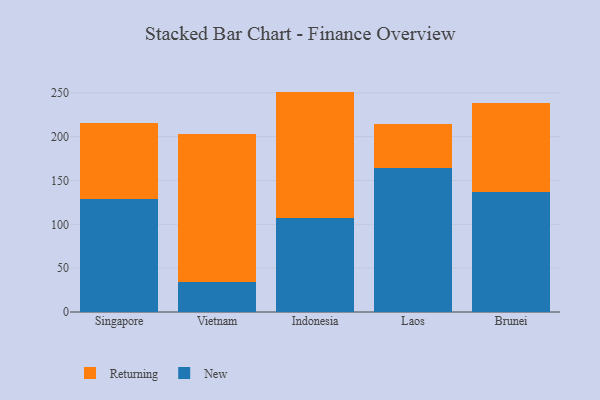
{"axis": {"x": "Country", "y": "Active Users"}, "legend": ["New", "Returning"], "data": [{"x": "Singapore", "y": 129.2, "type": "New"}, {"x": "Singapore", "y": 86.0, "type": "Returning"}, {"x": "Vietnam", "y": 34.4, "type": "New"}, {"x": "Vietnam", "y": 169.2, "type": "Returning"}, {"x": "Indonesia", "y": 107.1, "type": "New"}, {"x": "Indonesia", "y": 144.3, "type": "Returning"}, {"x": "Laos", "y": 164.7, "type": "New"}, {"x": "Laos", "y": 49.8, "type": "Returning"}, {"x": "Brunei", "y": 137.4, "type": "New"}, {"x": "Brunei", "y": 100.5, "type": "Returning"}]}